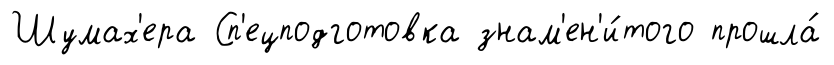
Шумах'ера Сп'ецподготовка знам'ен'и́того прошла́